Report on horse surra - Volume I
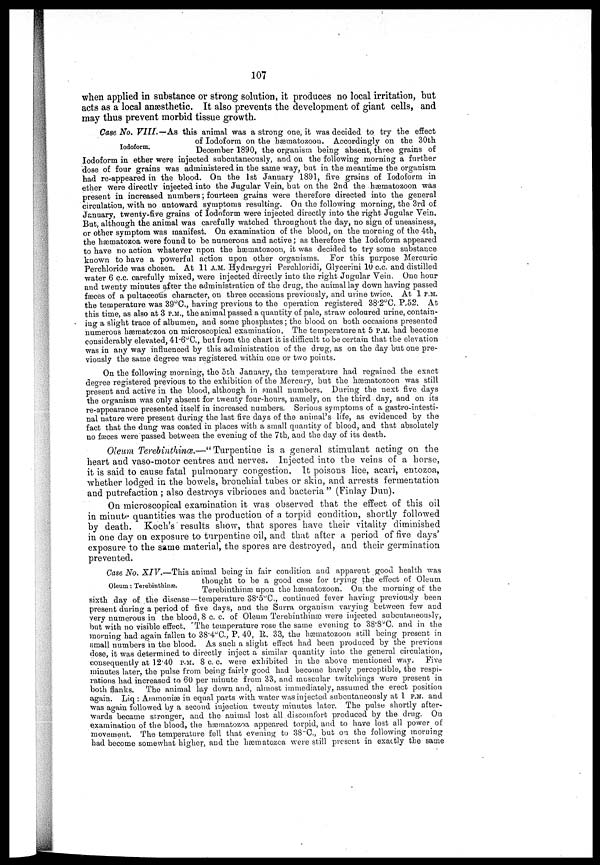
107
when applied in substance or strong solution, it produces no local irritation, but
acts as a local anaesthetic. It also prevents the development of giant cells, and
may thus prevent morbid tissue growth.
Iodoform.
Case No. VIII.—As
this animal was a strong one, it was decided to try the effect
of Iodoform on the hæmatozoon. Accordingly on the 30th
December 1890, the organism being absent, three grains of
Iodoform in ether were injected subcutaneously, and on the following morning a further
dose of four grains was administered in the same way, but in the meantime the organism
had re-appeared in the blood. On the 1st January 1891, five grains of Iodoform in
ether were directly injected into the Jugular Vein, but on the 2nd the hæmatozoon was
present in increased numbers ; fourteen grains were therefore directed into the general
circulation, with no untoward symptoms resulting. On the following morning, the 3rd of
January, twenty-five grains of Iodoform were injected directly into the right Jugular Vein.
But, although the animal was carefully watched throughout the day, no sign of uneasiness,
or other symptom was manifest. On examination of the blood, on the morning of the 4th,
the hæmatozoa were found to be numerous and active ; as therefore the Iodoform appeared
to have no action whatever upon the hæmatozoon, it was decided to try some substance
known to have a powerful action upon other organisms. For this purpose Mercuric
Perchloride was chosen. At 11 A.M. Hydrargyri Perchloridi, Glycerini 10 c.c. and distilled
water 6 c.c. carefully mixed, were injected directly into the right Jugular Vein. One hour
and twenty minutes after the administration of the drug, the animal lay down having passed
faeces of a pultaceous character, on three occasions previously, and urine twice. At 1 P.M.
the temperature was 39°C, having previous to the operation registered 38.2°C. P.52. At
this time, as also at 3 P.M., the animal passed a quantity of pale, straw coloured urine, contain-
ing a slight trace of albumen, and some phosphates ; the blood on both occasions presented
numerous hæmatozoa on microscopical examination. The temperature at 5 P.M. had become
considerably elevated, 4l.6°C, but from the chart it is difficult to be certain that the elevation
was in any way influenced by this administration of the drug, as on the day but one pre-
viously the same degree was registered within one or two points.
On the following morning, the 5th January, the temperature had regained the exact
degree registered previous to the exhibition of the Mercury, but the hæmatozoon was still
present and active in the blood, although in small numbers. During the next five days
the organism was only absent for twenty four-hours, namely, on the third day, and on its
re-appearance presented itself in increased numbers. Serious symptoms of a gastro-intesti-
nal nature were present during the last five days of the animal's life, as evidenced by the
fact that the dung was coated in places with a small quantity of blood, and that absolutely
no faxes were passed between the evening of the 7th, and the day of its death.
Oleum Terebinthinæ.—"Turpentine is a general stimulant acting on the
heart and vaso-motor centres and nerves. Injected into the veins of a horse,
it is said to cause fatal pulmonary congestion. It poisons lice, acari, entozoa,
"whether lodged in the bowels, bronchial tubes or skin, and arrests fermentation
and putrefaction ; also destroys vibriones and bacteria " (Finlay Dun).
On microscopical examination it was observed that the effect of this oil
in minute quantities was the production of a torpid condition, shortly followed
by death. Koch's results show, that spores have their vitality diminished
in one day on exposure to turpentine oil, and that after a period of five days'
exposure to the same material, the spores are destroyed, and their germination
prevented.
Oleum : Terebinthinæ
Case No. XIV.—This animal being in fair condition and apparent good health was
thought to be a good case for trying the effect of Oleum
Terebinthinæ upon the hæmatozoon. On the morning of the
sixth day of the disease—temperature 38.5°C., continued fever having previously been
present during a period of five days, and the Surra organism varying between few and
very numerous in the blood, 8 c. c. of Oleum Terebinthinæ were injected subcutaneously,
but with no visible effect. 'The temperature rose the same evening to 38.8°C. and in the
morning had again fallen to 38.4°C., P. 40, R. 33, the hæmatozoon still being present in
small numbers in the blood. As such a slight effect had been produced by the previous
dose, it was determined to directly inject a similar quantity into the general circulation,
consequently at 12.40 P.M. 8 C. C. were exhibited in the above mentioned way. Five
minutes later, the pulse from being fairly good had become barely perceptible, the respi-
rations had increased to 60 per minute from 33, and muscular twitchings were present in
both flanks. The animal lay down and, almost immediately, assumed the erect position
again. Liq : Ammoniæ in equal parts with water was injected subcutaneously at 1 P.M. and
was again followed by a second injection twenty minutes later. The pulse shortly after-
wards became stronger, and the animal lost all discomfort produced by the drug. On
examination of the blood, the hæmatozoa appeared torpid, and to have lost all power of
movement. The temperature fell that evening to 38°C., but on the following morning
had become somewhat higher, and the hæmatozoa were still present in exactly the same